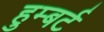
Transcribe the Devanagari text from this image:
हुम्बर्ट